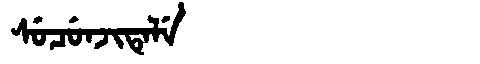
Manchu: ᠰᡠᠴᡠᠨᠵᡳᡨᡝᠯᡝ
Romanization: SUCUNJITELE